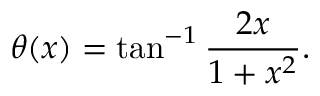
\theta ( x ) = \tan ^ { - 1 } \frac { 2 x } { 1 + x ^ { 2 } } .